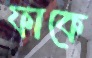
ফাকে